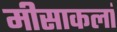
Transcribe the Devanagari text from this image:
मीसाकलां